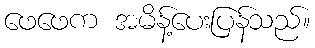
ဖေဖေက အမိန့်ပေးပြန်သည်။